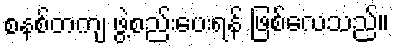
စနစ်တကျ ဖွဲ့စည်းပေးရန် ဖြစ်လေသည်။